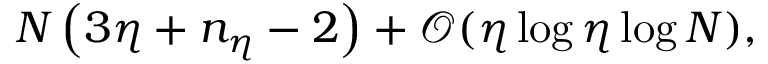
N \left( 3 \eta + n _ { \eta } - 2 \right) + \mathcal { O } ( \eta \log \eta \log N ) ,